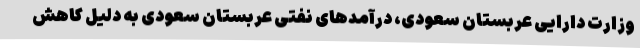
وزارت دارایی عربستان سعودی، درآمدهای نفتی عربستان سعودی به دلیل کاهش